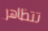
تتظاهر